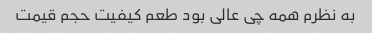
به نظرم همه چی عالی بود طعم کیفیت حجم قیمت